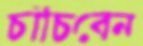
চাঁচিবেন